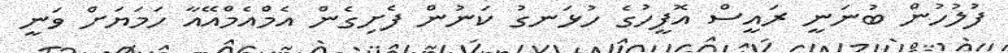
ފުލުހުން ބުނަނީ ރައީސް އޮފީހުގެ ހުޅަނގު ކަނުން ފެށިގެން އެމްއެމްއޭއާ ހަމަޔަށް ވަނީ